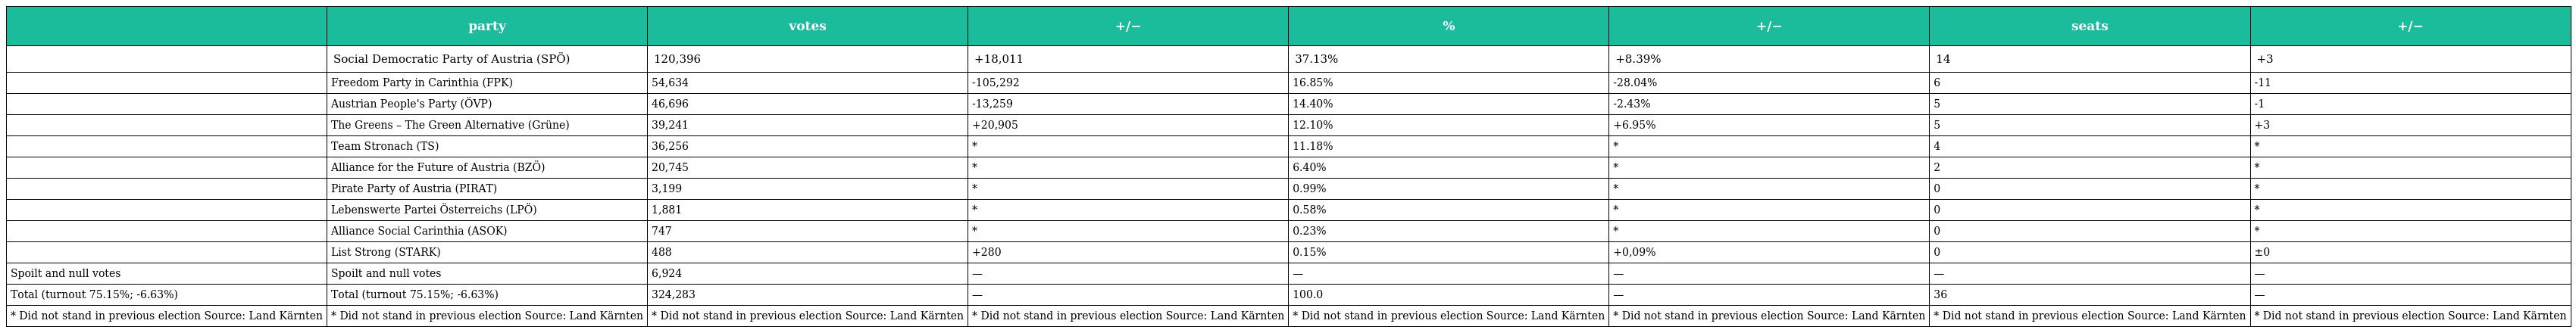
|  | party | votes | +/− | % | +/− | seats | +/− |
 | --- | --- | --- | --- | --- | --- | --- | --- |
 |  | Social Democratic Party of Austria (SPÖ) | 120,396 | +18,011 | 37.13% | +8.39% | 14 | +3 |
 |  | Freedom Party in Carinthia (FPK) | 54,634 | -105,292 | 16.85% | -28.04% | 6 | -11 |
 |  | Austrian People's Party (ÖVP) | 46,696 | -13,259 | 14.40% | -2.43% | 5 | -1 |
 |  | The Greens – The Green Alternative (Grüne) | 39,241 | +20,905 | 12.10% | +6.95% | 5 | +3 |
 |  | Team Stronach (TS) | 36,256 | * | 11.18% | * | 4 | * |
 |  | Alliance for the Future of Austria (BZÖ) | 20,745 | * | 6.40% | * | 2 | * |
 |  | Pirate Party of Austria (PIRAT) | 3,199 | * | 0.99% | * | 0 | * |
 |  | Lebenswerte Partei Österreichs (LPÖ) | 1,881 | * | 0.58% | * | 0 | * |
 |  | Alliance Social Carinthia (ASOK) | 747 | * | 0.23% | * | 0 | * |
 |  | List Strong (STARK) | 488 | +280 | 0.15% | +0,09% | 0 | ±0 |
 | Spoilt and null votes | Spoilt and null votes | 6,924 | — | — | — | — | — |
 | Total (turnout 75.15%; -6.63%) | Total (turnout 75.15%; -6.63%) | 324,283 | — | 100.0 | — | 36 | — |
 | * Did not stand in previous election Source: Land Kärnten | * Did not stand in previous election Source: Land Kärnten | * Did not stand in previous election Source: Land Kärnten | * Did not stand in previous election Source: Land Kärnten | * Did not stand in previous election Source: Land Kärnten | * Did not stand in previous election Source: Land Kärnten | * Did not stand in previous election Source: Land Kärnten | * Did not stand in previous election Source: Land Kärnten |